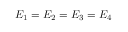
E _ { 1 } = E _ { 2 } = E _ { 3 } = E _ { 4 }